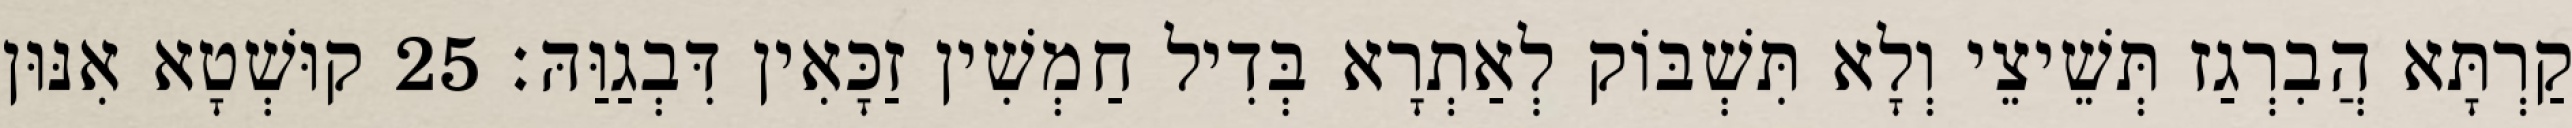
קַרְתָּא הֲבִרְגַז תְּשֵׁיצֵי וְלָא תִּשְׁבּוֹק לְאַתְרָא בְּדִיל חַמְשִׁין זַכָּאִין דִּבְגַוַּהּ׃ 25 קוּשְׁטָא אִנּוּן